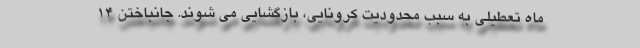
ماه تعطیلی به سبب محدودیت کرونایی، بازگشایی می شوند. جانباختن 14